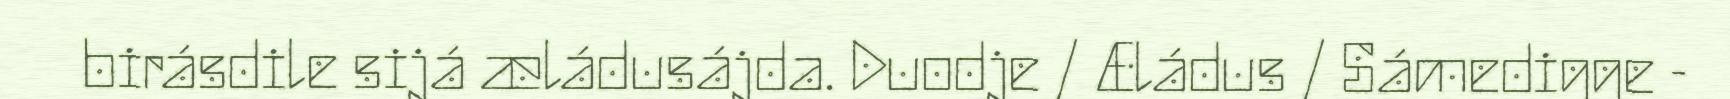
birásdile sijá æládusájda. Duodje / Æládus / Sámedigge -